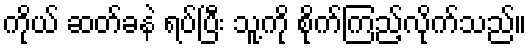
ကိုယ် ဆတ်ခနဲ ရပ်ပြီး သူ့ကို စိုက်ကြည့်လိုက်သည်။